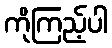
ကိုကြည့်ပါ